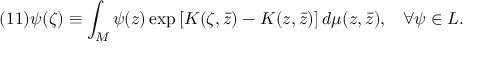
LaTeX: ( 1 1 ) \psi ( \zeta ) \equiv \int _ { \cal M } \psi ( z ) \exp \left[ K ( \zeta , \bar { z } ) - K ( z , \bar { z } ) \right] d \mu ( z , \bar { z } ) , \; \; \; \forall \psi \in { \cal L } .